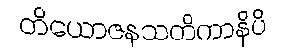
တိယောဇနသတိကာနိပိ